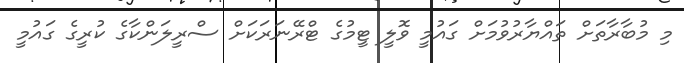
މި މުބާރާތަށް ތައްޔާރުވުމަށް ގައުމީ ވޮލީ ޓީމުގެ ޓްރޭނަރަކަށް ސްރީލަންކާގެ ކުރީގެ ގައުމީ